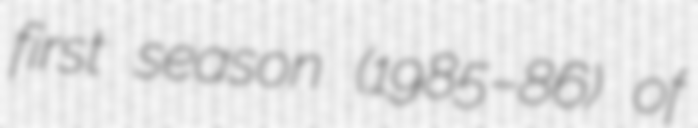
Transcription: first season (1985–86) of